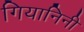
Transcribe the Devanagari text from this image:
गियानिनी